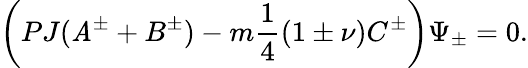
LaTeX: \left(PJ(\mathit{A}^{\pm}+B^{\pm})-m\frac{{1}}{{4}}(1\pm\nu)C^{\pm}\right)\Psi_{\pm}=0.